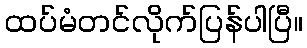
ထပ်မံတင်လိုက်ပြန်ပါပြီ။